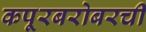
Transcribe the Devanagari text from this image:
कपूरबरोबरची